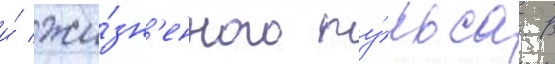
и́ жи́зн'енного пу́льса. В